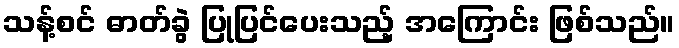
သန့်စင် ဓာတ်ခွဲ ပြုပြင်ပေးသည့် အကြောင်း ဖြစ်သည်။